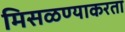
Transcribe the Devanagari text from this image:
मिसळण्याकरता